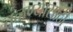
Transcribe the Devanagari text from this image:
तळण्यासाठी